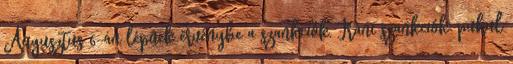
Augusztus 6-án lépnek érvénybe a szankciók. Iráni szankciók: puhul